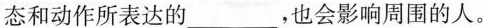
态和动作所表达的____，也会影响周围的人。